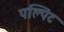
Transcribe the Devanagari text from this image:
पल्पिट